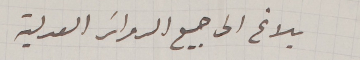
بلاغ الى جميع الدوائر العدلية